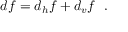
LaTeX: d f = d _ { h } f + d _ { v } f \ \ .